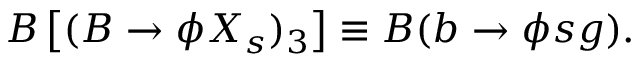
{ \cal B } \left[ ( B \to \phi X _ { s } ) _ { 3 } \right] \equiv { \cal B } ( b \to \phi s g ) .